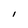
Character: i